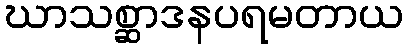
ဃာသစ္ဆာဒနပရမတာယ